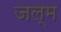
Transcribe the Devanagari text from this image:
जल्म